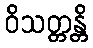
ဝိသတ္တန္တိ